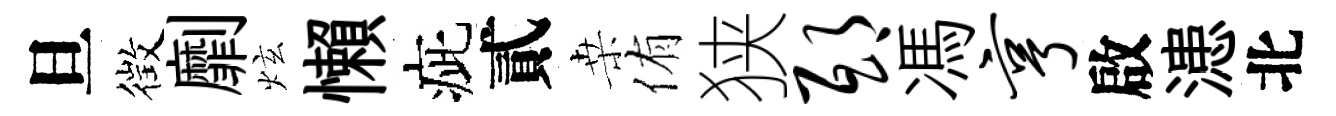
旦徴劘炫懶疵貳桒侑狭邸馮亨啟漶北